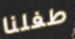
طفلنا